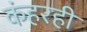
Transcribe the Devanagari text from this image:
कंहरही